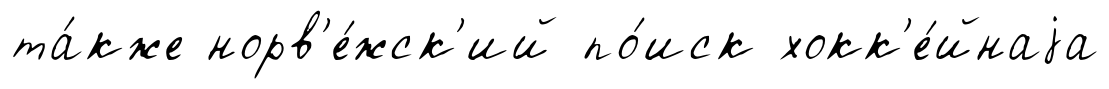
та́кже норв'е́жск'ий по́иск хокк'е́йнаjа